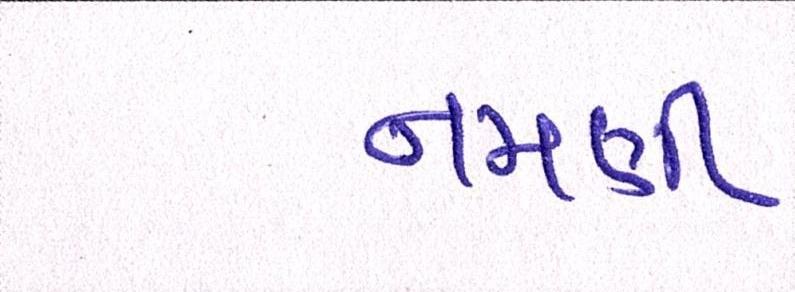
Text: નમણી